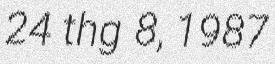
24 thg 8, 1987